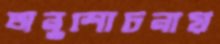
অনুশোচনায়